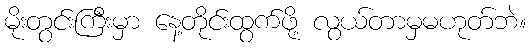
မိုးတွင်းကြီးမှာ နေ့တိုင်းထွက်ဖို့ လွယ်တာမှမဟုတ်ဘဲ။